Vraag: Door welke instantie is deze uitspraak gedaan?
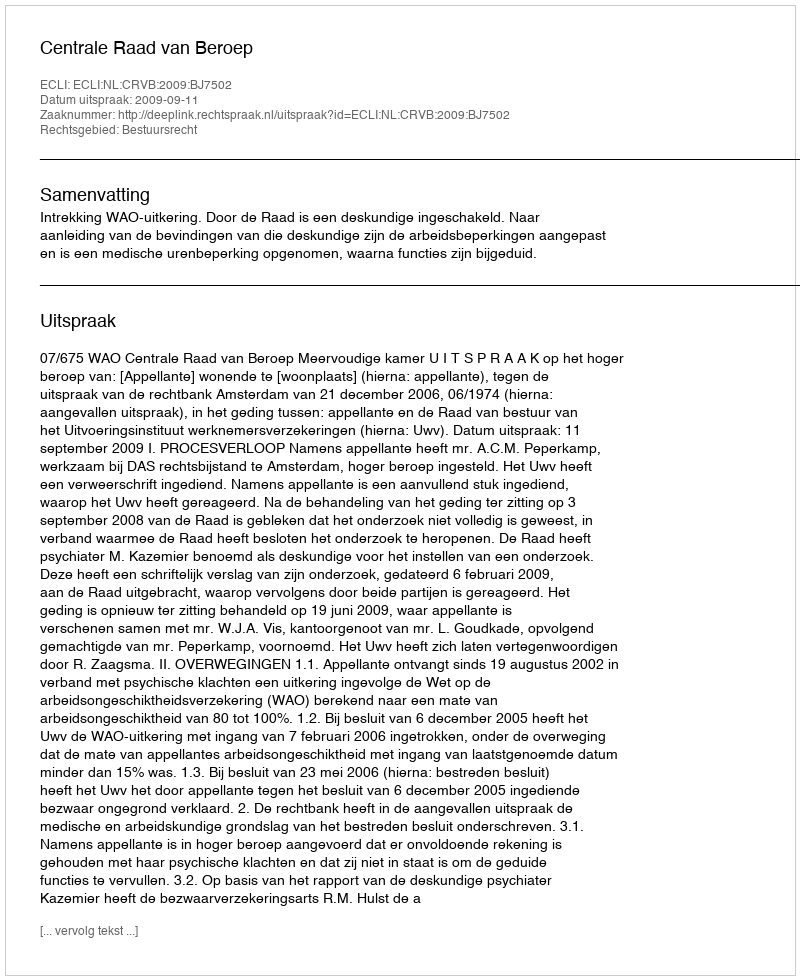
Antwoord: Centrale Raad van Beroep